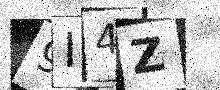
Text: 9I4Z